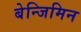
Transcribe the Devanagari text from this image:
बेन्जिमिन